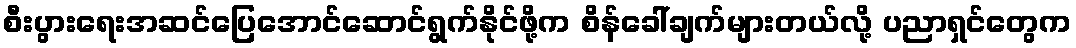
စီးပွားရေးအဆင်ပြေအောင်ဆောင်ရွက်နိုင်ဖို့က စိန်ခေါ်ချက်များတယ်လို့ ပညာရှင်တွေက